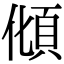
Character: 𩑭